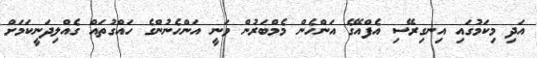
އަދި މިކަމުގައި އިނގިރޭސި އެފްއޭގެ އަންހެން މެމްބަރުން ވަނީ އަންހެނުންގެ ހައްގުތައް ގެއްލިދަނީކަމަށް